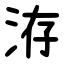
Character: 洊